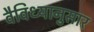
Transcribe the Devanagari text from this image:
वैविध्यानुसार